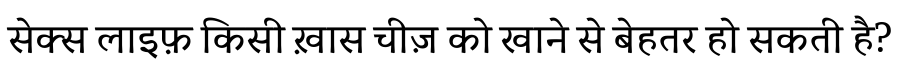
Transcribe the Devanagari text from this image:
सेक्स लाइफ़ किसी ख़ास चीज़ को खाने से बेहतर हो सकती है?